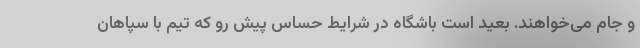
و جام می‌خواهند. بعید است باشگاه در شرایط حساس پیش رو که تیم با سپاهان